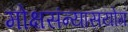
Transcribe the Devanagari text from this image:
मोक्षसंन्यासयोग